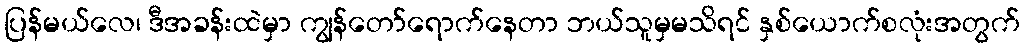
ပြန်မယ်လေ၊ ဒီအခန်းထဲမှာ ကျွန်တော်ရောက်နေတာ ဘယ်သူမှမသိရင် နှစ်ယောက်စလုံးအတွက်